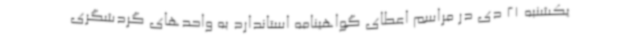
یکشنبه 21 دی در مراسم اعطای گواهینامه استاندارد به واحدهای گردشگری